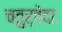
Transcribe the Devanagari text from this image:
चतुर्वेदाः